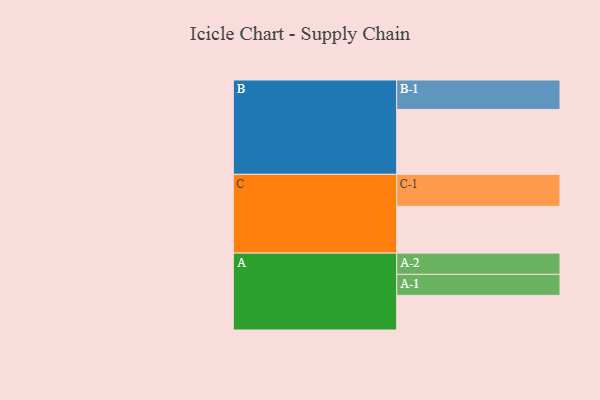
{"axis": {"x": "Segment", "y": "Value"}, "legend": ["", "A", "B", "C"], "data": [{"x": "A", "y": 313, "type": ""}, {"x": "B", "y": 587, "type": ""}, {"x": "C", "y": 423, "type": ""}, {"x": "A-1", "y": 190, "type": "A"}, {"x": "A-2", "y": 192, "type": "A"}, {"x": "B-1", "y": 266, "type": "B"}, {"x": "C-1", "y": 289, "type": "C"}]}